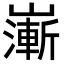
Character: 𡽻